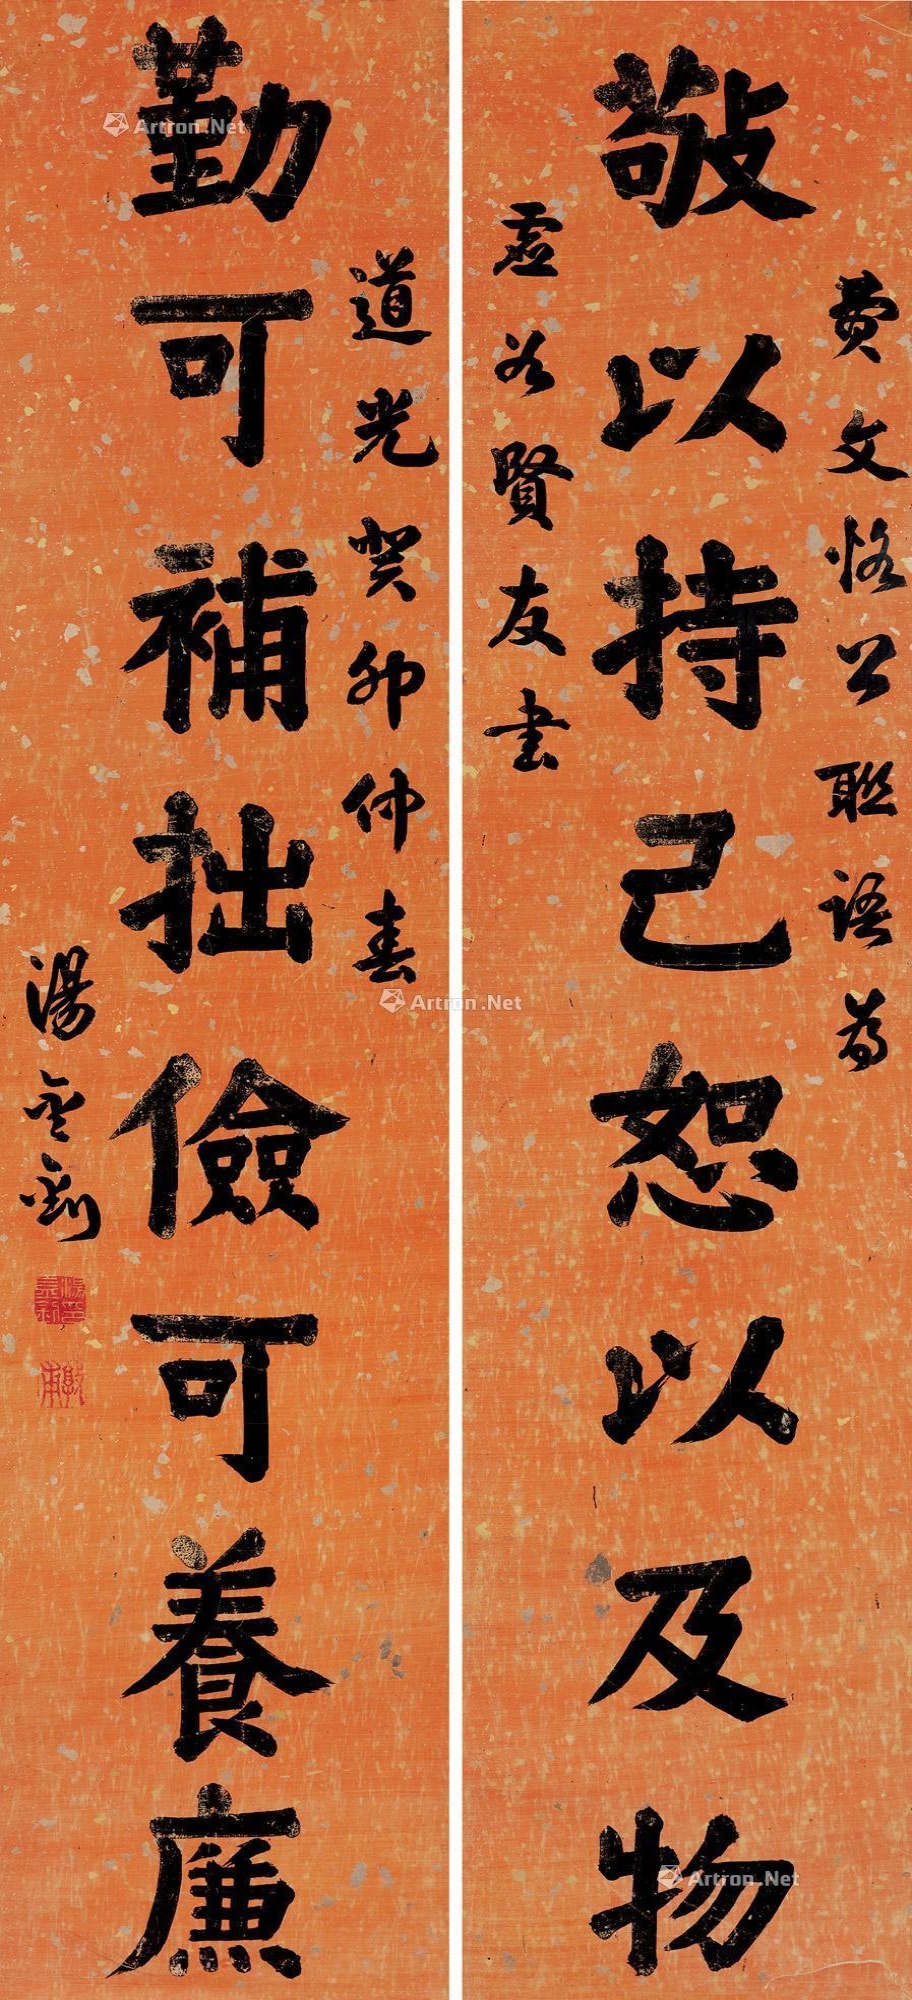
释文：敬以持己恕以及物，勤可补拙俭可养廉。费文恪公联语为虚谷贤友书，道光癸卯仲春，汤金钊。